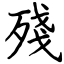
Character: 殘